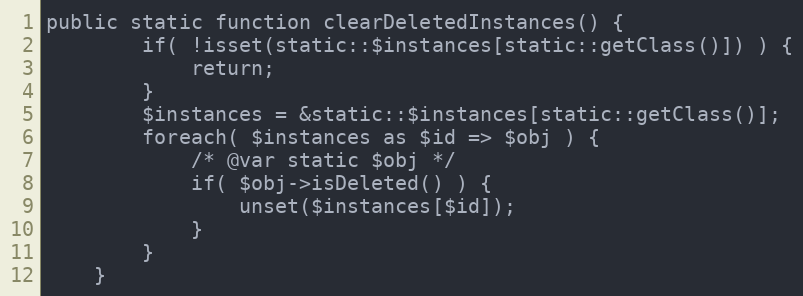
Language: PHP
public static function clearDeletedInstances() {
		if( !isset(static::$instances[static::getClass()]) ) {
			return;
		}
		$instances = &static::$instances[static::getClass()];
		foreach( $instances as $id => $obj ) {
			/* @var static $obj */
			if( $obj->isDeleted() ) {
				unset($instances[$id]);
			}
		}
	}